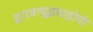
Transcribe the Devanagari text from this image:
द्वारवत्युद्भवाद्गोपी